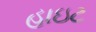
હાઇટ